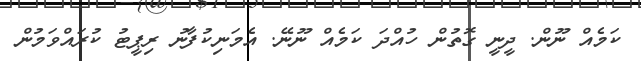
ކަމެއް ނޫން. ދީނީ ގޮތުން ހުއްދަ ކަމެއް ނޫނޭ. އެމަނިކުފާނު ރިޕީޓު ކުރައްވަމުން